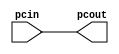
module PC(
    input[31:0]pcin,
    output reg[31:0] pcout
);

initial //Program counter, inciando desde 0 siempre la entrada es igual a su salida
    begin
        pcout=0;
    end
always @(*)
    begin
        pcout = pcin;
    end


endmodule